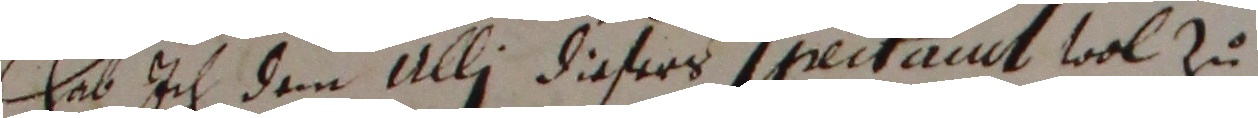
hab ich dem Ulli diesers sprectamit wol zu